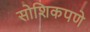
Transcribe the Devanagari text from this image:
सोशिकपणे